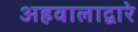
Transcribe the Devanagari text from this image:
अहवालाद्वारे